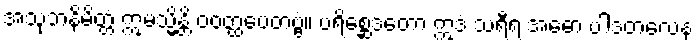
အသုဘနိမိတ္တံ ဣမသ္မိန္တိ ဝဝတ္ထပေတဗ္ဗံ။ ပရိစ္ဆေဒတော ဣဒံ သရီရံ အဓော ပါဒတလေန